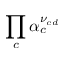
\prod _ { c } \alpha _ { c } ^ { \nu _ { c d } }